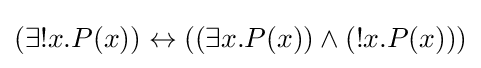
(\exists !x.P(x))\leftrightarrow ((\exists x.P(x))\land (!x.P(x)))